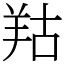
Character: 𦍩